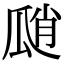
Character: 𤫾